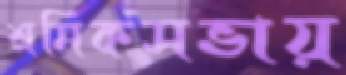
শ্রমিকসভায়